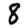
Digit: 8